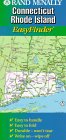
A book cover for Rand McNally Connecticut/Rhode Island Easy Finder Map; Rand McNally; Travel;